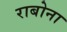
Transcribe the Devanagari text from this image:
राबोना